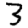
Digit: 3